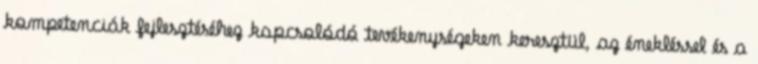
kompetenciák fejlesztéséhez kapcsolódó tevékenységeken keresztül, az énekléssel és a